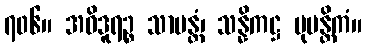
၇၀၆။ အဝိဒူရဉ္စ သာမန္တံ၊ သန္နိကဋ္ဌ မုပန္တိကံ။